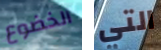
الخضوع التي